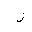
Letter: _zay